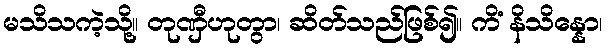
မသိသကဲ့သို့။ တုဏှီဟုတွာ၊ ဆိတ်သည်ဖြစ်၍။ ကိံ နိသိန္နော၊